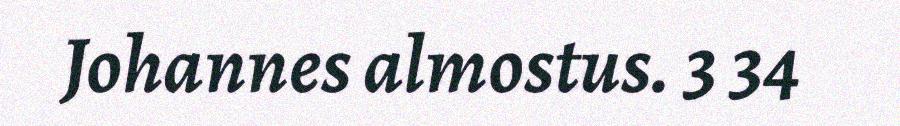
Johannes almostus. 3 34